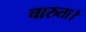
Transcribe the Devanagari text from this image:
चारुता।